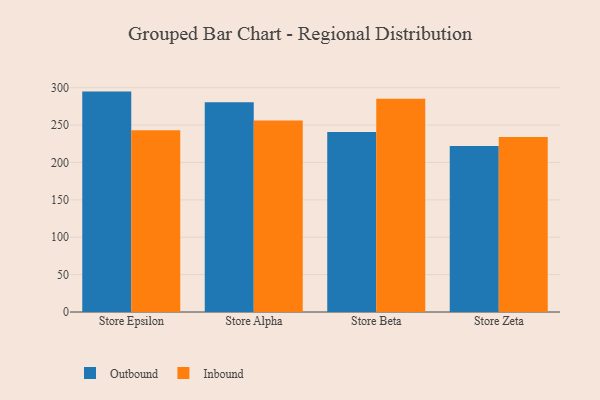
{"axis": {"x": "Store", "y": "Revenue (USD Million)"}, "legend": ["Inbound", "Outbound"], "data": [{"x": "Store Epsilon", "y": 294.8, "type": "Outbound"}, {"x": "Store Epsilon", "y": 243.2, "type": "Inbound"}, {"x": "Store Alpha", "y": 280.4, "type": "Outbound"}, {"x": "Store Alpha", "y": 256.0, "type": "Inbound"}, {"x": "Store Beta", "y": 240.6, "type": "Outbound"}, {"x": "Store Beta", "y": 285.4, "type": "Inbound"}, {"x": "Store Zeta", "y": 222.2, "type": "Outbound"}, {"x": "Store Zeta", "y": 234.0, "type": "Inbound"}]}